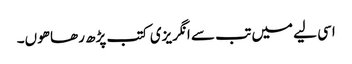
اسی لیے میں تب سے انگریزی کتب پڑھ رھا ھوں۔